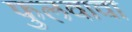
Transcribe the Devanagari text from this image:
फुलवावा